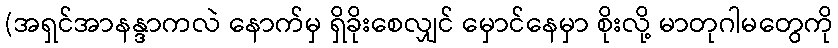
(အရှင်အာနန္ဒာကလဲ နောက်မှ ရှိခိုးစေလျှင် မှောင်နေမှာ စိုးလို့ မာတုဂါမတွေကို